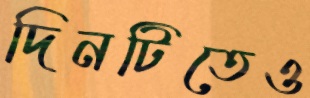
দিনটিতেও